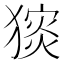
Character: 𤡗